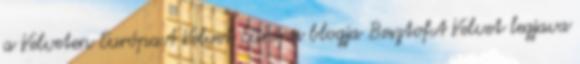
a Velveten EurópaA Velvet Európa blogja BesztofA Velvet legjava